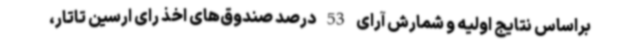
براساس نتایج اولیه و شمارش آرای 53 درصد صندوق‌های اخذ رای ارسین تاتار،